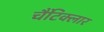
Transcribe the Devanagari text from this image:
चैंटिक्लार